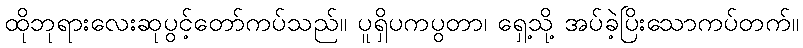
ထိုဘုရားလေးဆုပွင့်တော်ကပ်သည်။ ပူရှိပကပွတာ၊ ရှေ့သို့ အပ်ခဲ့ပြိးသောကပ်တက်။